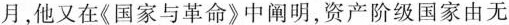
月，他又在《国家与革命》中阐明，资产阶级国家由无